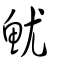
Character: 魷